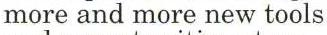
more and more new tools